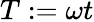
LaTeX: T:=\omega t